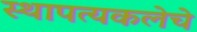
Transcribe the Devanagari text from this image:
स्थापत्यकलेचे